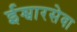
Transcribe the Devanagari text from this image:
ईश्वारसेवा